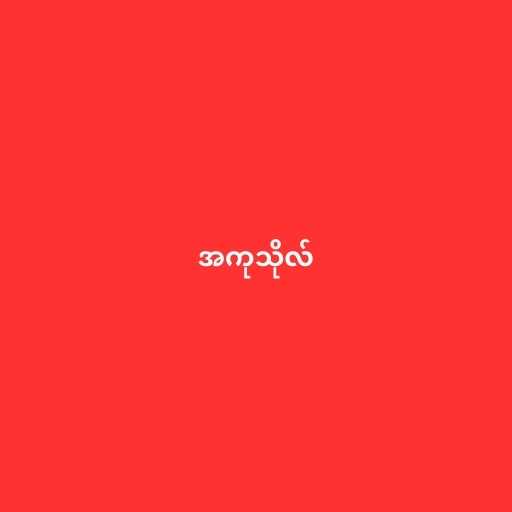
အကုသိုလ်